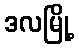
ဒလမြို့